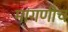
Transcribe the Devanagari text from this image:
मागणीच